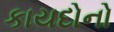
કાયદોનો